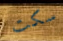
سكت